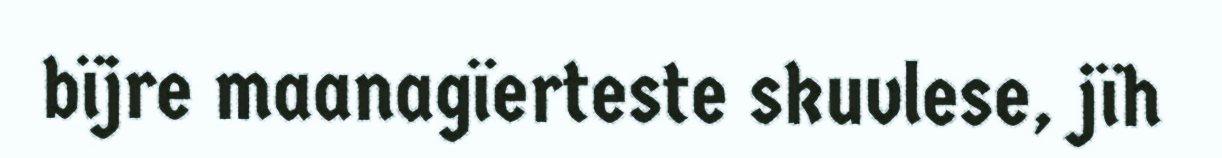
bïjre maanagïerteste skuvlese, jïh